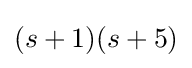
(s+1)(s+5)